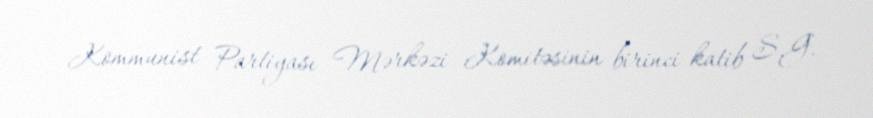
Kommunist Partiyası Mərkəzi Komitəsinin birinci katib S.G.